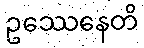
ဥဿေနေတိ